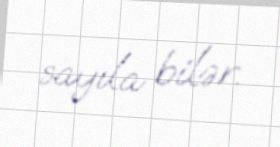
sayıla bilər.